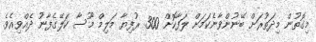
މިގޮތުން މިދަތުރަށް ބޭނުންވާނެކަމަށް ލަފާކޮށް 300 ރުފިޔާ މަލިމް މޫސާ ކަލޭގެފާނު ދެއްވިއެވެ.